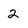
Character: 2